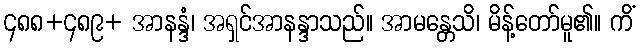
၄၈၈+၄၈၉+ အာနန္ဒံ၊ အရှင်အာနန္ဒာသည်။ အာမန္တေသိ၊ မိန့်တော်မူ၏။ ကိံ